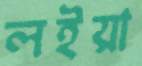
লইয়া